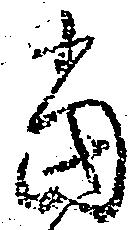
当